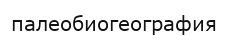
палеобиогеография